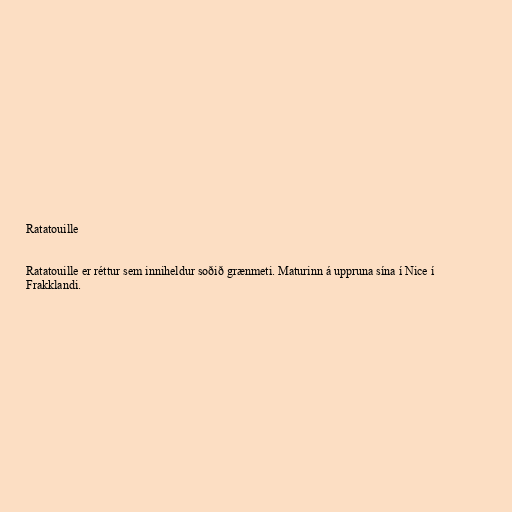
Ratatouille

Ratatouille er réttur sem inniheldur soðið grænmeti. Maturinn á uppruna sína í Nice í
Frakklandi.